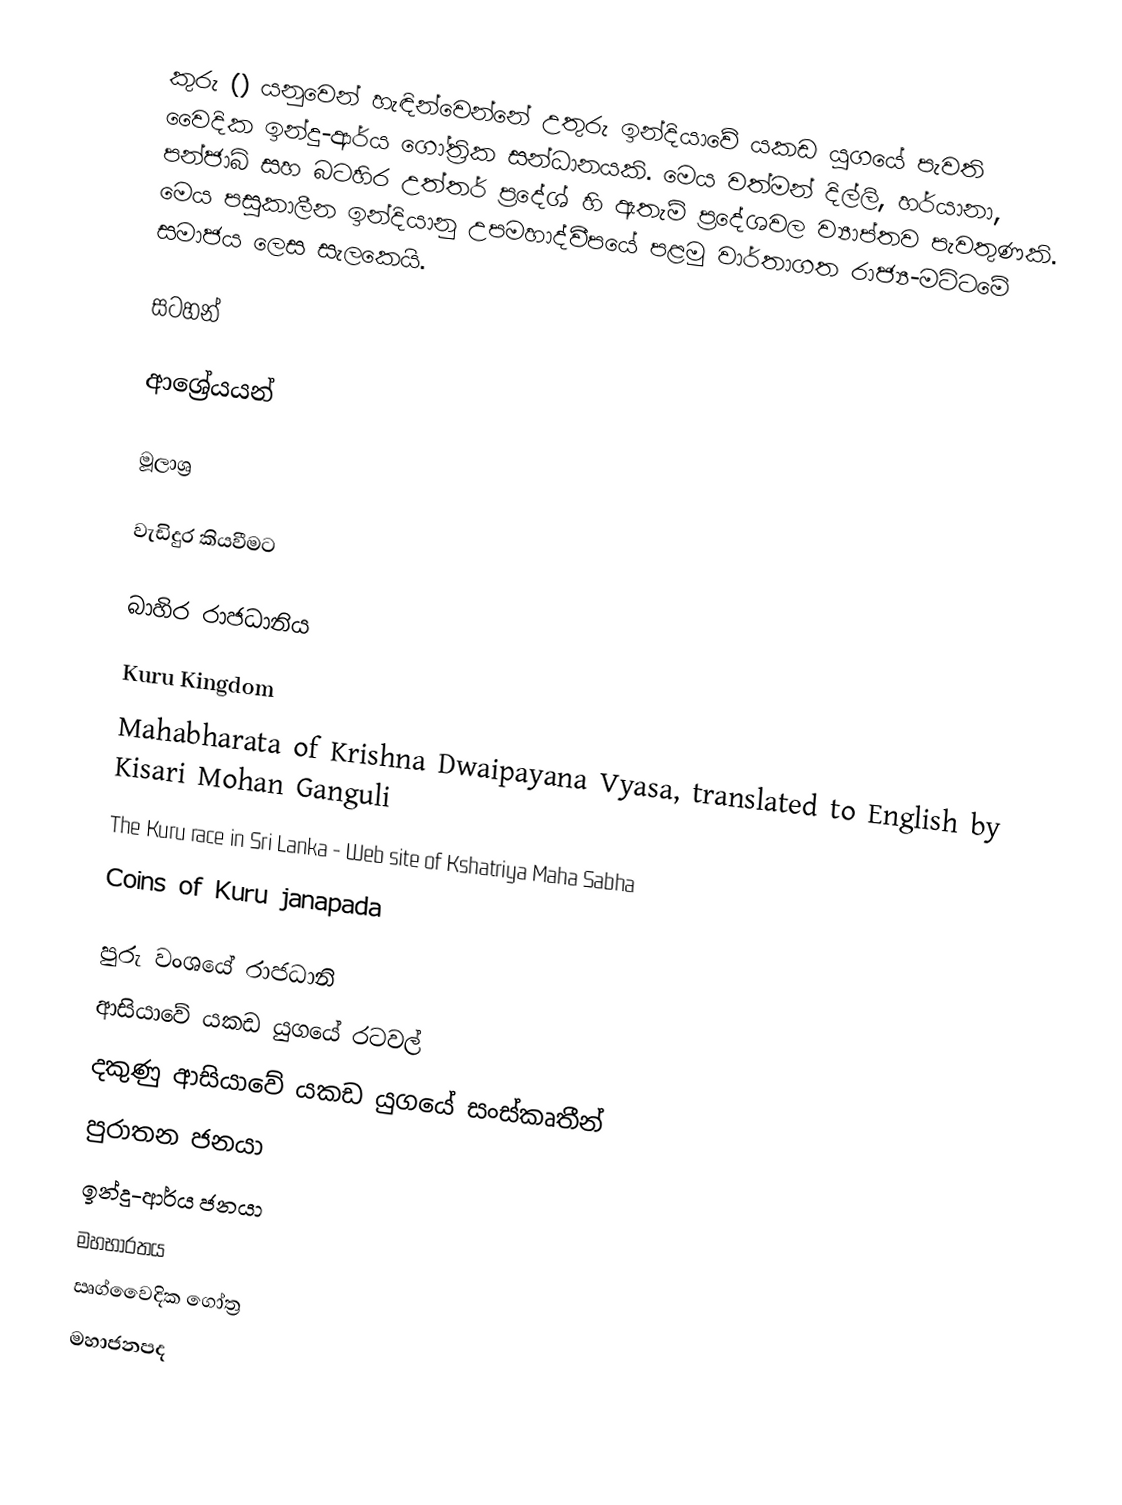
කුරු () යනුවෙන් හැඳින්වෙන්නේ උතුරු ඉන්දියාවේ යකඩ යුගයේ පැවති වෛදික ඉන්දු-ආර්ය ගෝත්‍රික සන්ධානයකි. මෙය වත්මන් දිල්ලි, හර්යානා, පන්ජාබ් සහ බටහිර උත්තර් ප්‍රදේශ් හි ඇතැම් ප්‍රදේශවල ව්‍යාප්තව පැවතුණකි. මෙය පසුකාලීන ඉන්දියානු උපමහාද්වීපයේ පළමු වාර්තාගත රාජ්‍ය-මට්ටමේ සමාජය ලෙස සැලකෙයි.

සටහන්

ආශ්‍රේයයන්

මූලාශ්‍ර

වැඩිදුර කියවීමට

බාහිර රාජධානිය

Kuru Kingdom
Mahabharata of Krishna Dwaipayana Vyasa, translated to English by Kisari Mohan Ganguli
The Kuru race in Sri Lanka -  Web site of Kshatriya Maha Sabha
Coins of Kuru janapada

පුරු වංශයේ රාජධානි
ආසියාවේ යකඩ යුගයේ රටවල්
දකුණු ආසියාවේ යකඩ යුගයේ සංස්කෘතීන්
පුරාතන ජනයා
ඉන්දු-ආර්ය ජනයා
මහභාරතය
ඍග්වෛදික ගෝත්‍ර
මහාජනපද